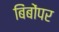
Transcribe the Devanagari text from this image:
बिंबोंपर